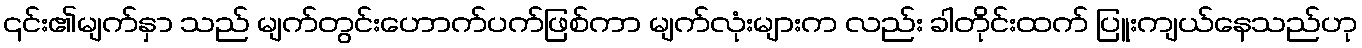
၎င်း၏မျက်နှာ သည် မျက်တွင်းဟောက်ပက်ဖြစ်ကာ မျက်လုံးများက လည်း ခါတိုင်းထက် ပြူးကျယ်နေသည်ဟု